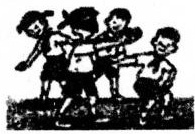
学离他的远近。